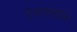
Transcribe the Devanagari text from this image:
हेयरस्टाईल